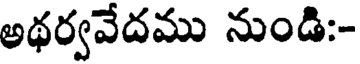
అథర్వవేదము నుండి:-